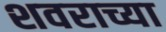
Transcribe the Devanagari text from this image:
शवराच्या